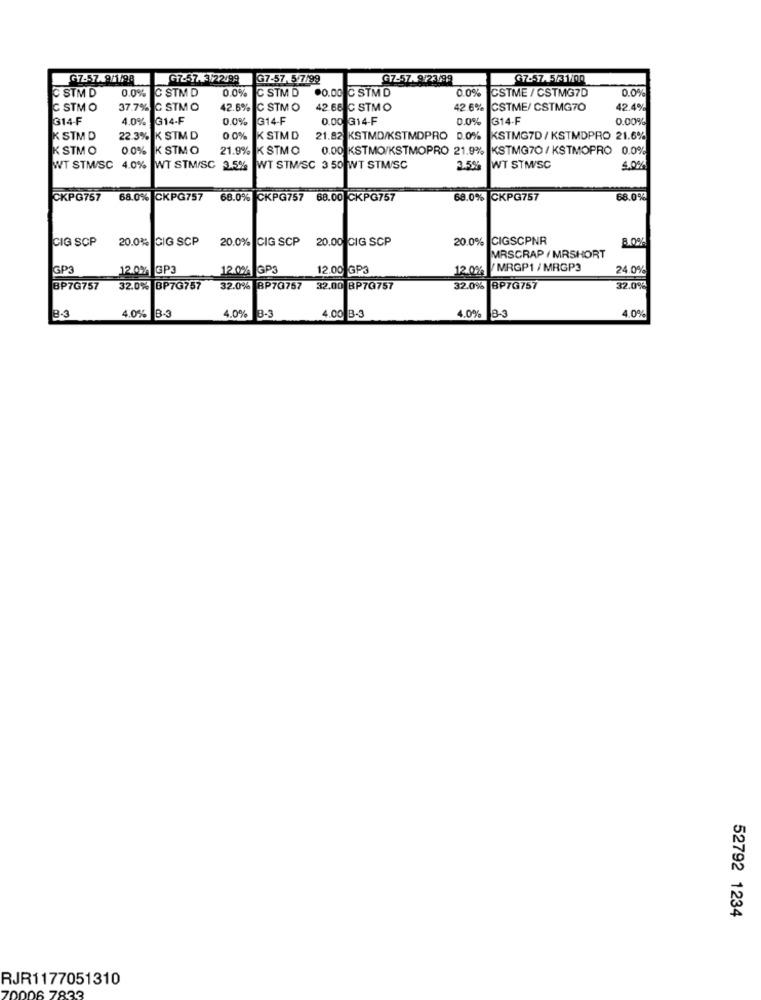
G7-57, 5-7/99
G7-57.5/100
C STM D
0.0%
C STM D
0.0%
C STM D
.0.00 ℃ STM D
0.0%
CSTME / CSTMG7D
0.0%
STM O
37.7% C STM O
42.6% C STM O
42.68 C STMO
42.6% CSTME/ CSTMG70
42.4%
314-F
4.0% G14-F
0.0%
314-F
0.00 314-F
0.0%
314-F
0.00%
K STM D
22.3% K STM D
0.0%
K STM D
21.82 KSTMD/KSTMDPRO 0.0%
KSTMG7D / KSTMDPRO 21.6%
K STMO
0.0%
K STMO
21.9%
K STMO
0.00 KSTMO/KSTMOPRO 21.9% KSTMG70 / KSTMOPRO 0.0%
WT STMW/SC 4.0% WT STMISC 3.5%
WT STMISC 3 50 WT STMISC
3.5%
WT STMSC
4.0%
CKPG757
68.0% CKPG757
68.0% CKPG757 68.00 CKPG757
68.0% CKPG757
68.0%
CIG SCP
20.0%% GIG SCP
20.0% CIG SCP
20.00 CIG SCP
20.0%
CIGSCPNR
8.0%
MRSCRAP / MRSHORT
GP3
12.0% GP3
12.0% GP3
12.00 GP3
12.0%
MRGP1 / MRGP3
24.0%
BP7G757
32.0% BP7G757
32.0% BP70757 32.00 BP7G757
32.0% BP7G757
32.0%
8-3
4.0% B-3
4.0% 3-3
4.00 B-3
4.0% B-3
4.0%
52792 1234
RJR1177051310
DD6 7833